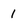
Character: 1